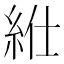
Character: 𥿥